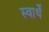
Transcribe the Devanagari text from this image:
स्वार्थें